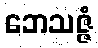
ဘေသဇ္ဇံ